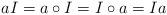
LaTeX: \begin{align*} aI=a\circ I=I\circ a=Ia \end{align*}